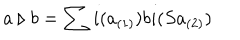
a \triangleright b = \sum i ( a _ { ( 1 ) } ) b i ( S a _ { ( 2 ) } )